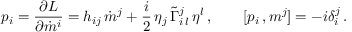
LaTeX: p _ { i } = \frac { \partial L } { \partial \dot { m } ^ { i } } = h _ { i j } \, \dot { m } ^ { j } + \frac { i } { 2 } \, \eta _ { j } \, \tilde { \Gamma } _ { i \, l } ^ { j } \, \eta ^ { l } \, , \qquad [ p _ { i } \, , m ^ { j } ] = - i \delta _ { i } ^ { j } \, .